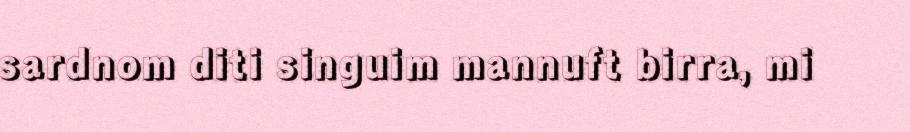
sardnom diti singuim mannuft birra, mi